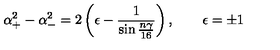
\alpha _ { + } ^ { 2 } - \alpha _ { - } ^ { 2 } = 2 \left( \epsilon - { \frac { 1 } { \sin { \frac { n \gamma } { 1 6 } } } } \right) , \quad \quad \epsilon = \pm 1